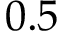
0 . 5